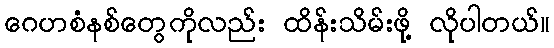
ဂေဟစံနစ်တွေကိုလည်း ထိန်းသိမ်းဖို့ လိုပါတယ်။